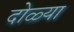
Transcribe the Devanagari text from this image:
दोळ्या